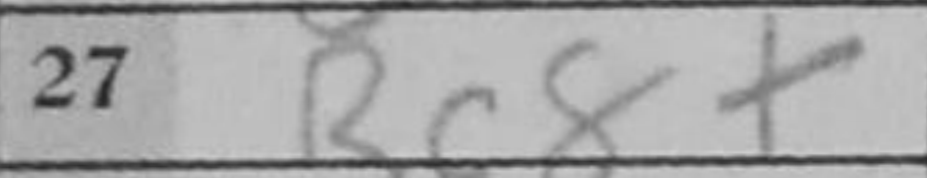
Transcription: Rc8+